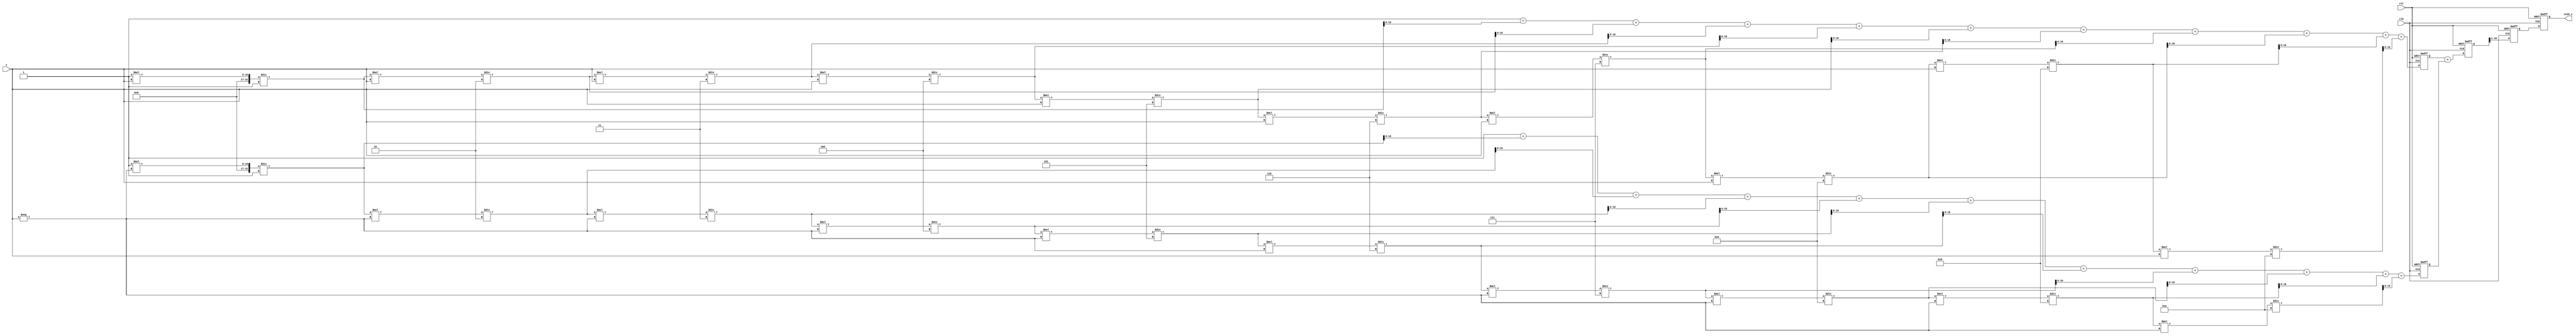
module hyperbolic_cosh (
    input wire [15:0] x,          // Input: Fixed-point representation of x
    output reg [15:0] cosh_x,     // Output: Fixed-point representation of cosh(x)
    input wire clk,                // Clock signal
    input wire rst                 // Reset signal
);

    // Internal signals
    reg [31:0] exp_x;             // e^x
    reg [31:0] exp_neg_x;         // e^-x
    reg [31:0] sum;               // e^x + e^-x
    reg [31:0] result;            // Final result before division

    // Taylor series approximation for e^x
    function [31:0] exp_taylor;
        input [15:0] x;
        reg [31:0] term;
        reg [31:0] sum;
        integer i;
        begin
            sum = 32'h00000001; // e^0 = 1
            term = 32'h00000001; // First term x^0 / 0!
            for (i = 1; i <= 10; i = i + 1) begin
                term = (term * x) / i; // Calculate x^i / i!
                sum = sum + term;      // Add to sum
            end
            exp_taylor = sum;
        end
    endfunction

    // Main process
    always @(posedge clk or posedge rst) begin
        if (rst) begin
            cosh_x <= 16'b0;
            exp_x <= 32'b0;
            exp_neg_x <= 32'b0;
            sum <= 32'b0;
            result <= 32'b0;
        end else begin
            // Calculate e^x and e^-x
            exp_x <= exp_taylor(x);
            exp_neg_x <= exp_taylor(-x);
            
            // Calculate e^x + e^-x
            sum <= exp_x + exp_neg_x;
            
            // Divide by 2 to get cosh(x)
            result <= sum >> 1; // Right shift by 1 is equivalent to dividing by 2
            
            // Assign the result to output
            cosh_x <= result[15:0]; // Take the lower 16 bits as output
        end
    end

endmodule